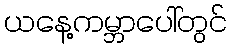
ယနေ့ကမ္ဘာပေါ်တွင်